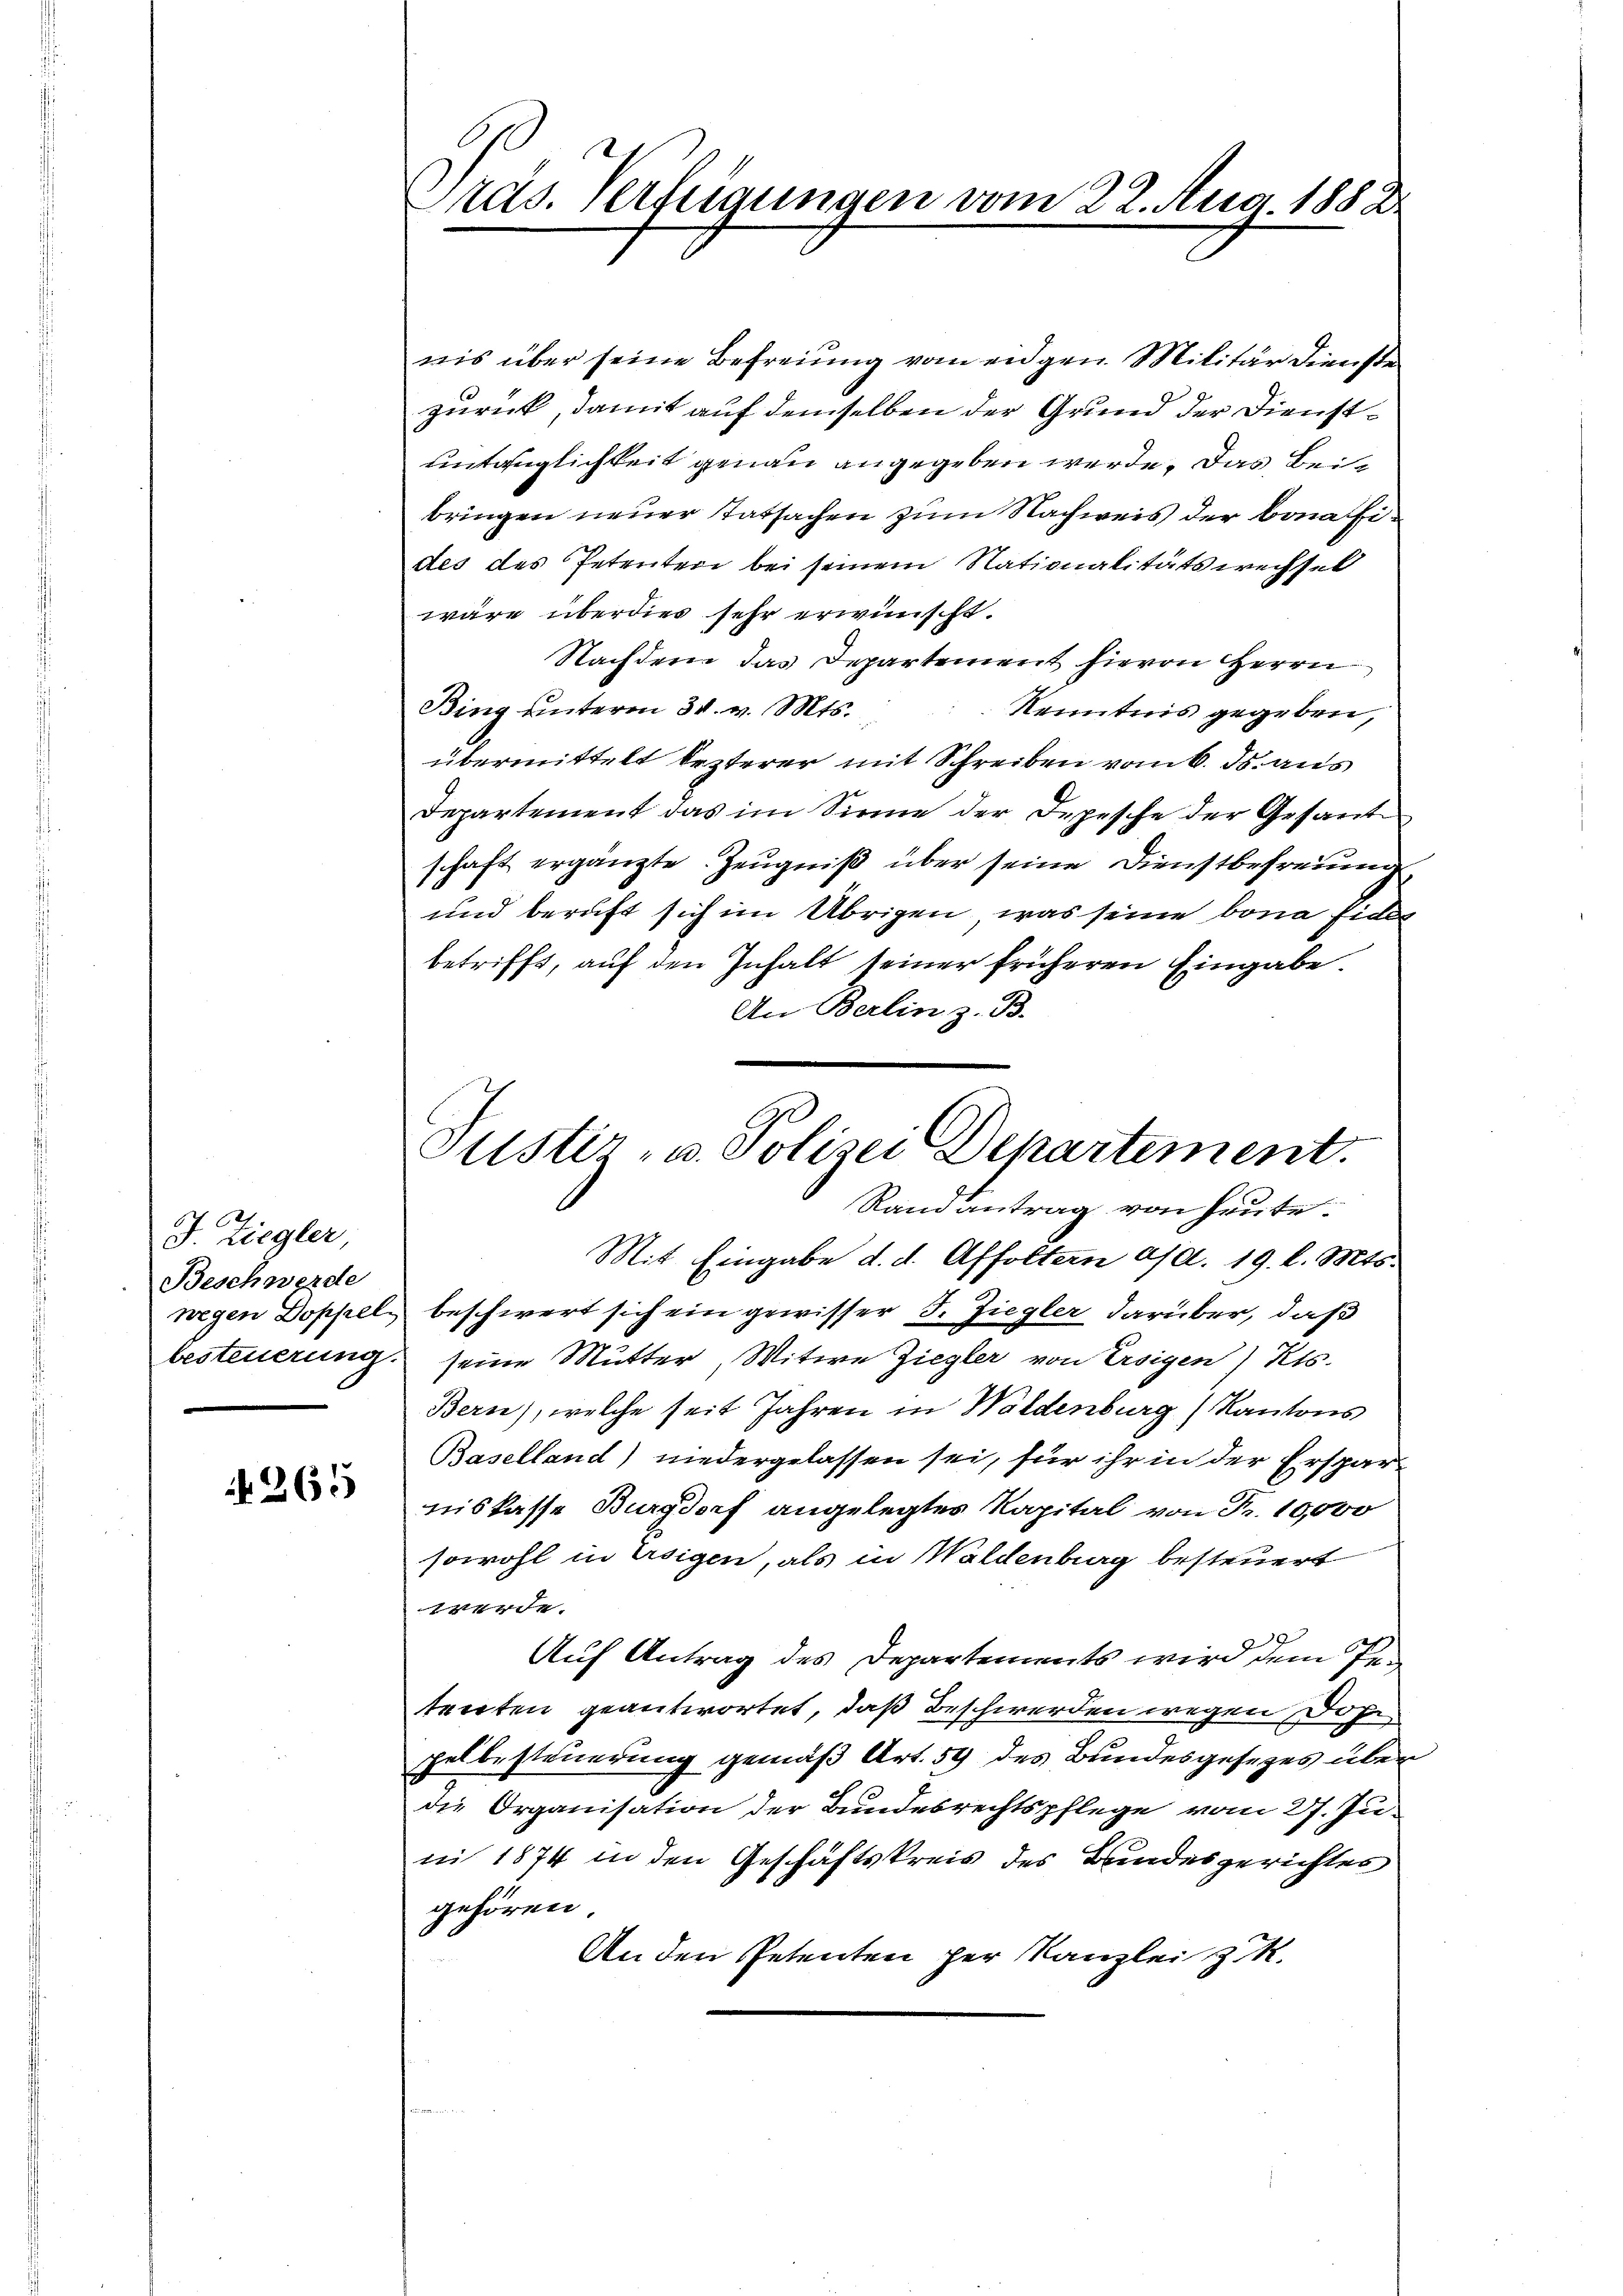
J. Ziegler
Beschwerde
wegen Doppel
besteuerung.

265

Pras. Verfügungen vom 22. Aug. 1882.

Justiz- u. Polizei Departement.
Ranantrag von heute.

nis über seine Befreiung vom eidgen. Militär dienste
zurück, damit auf demselben der Grund der Dienstuntauglichkeit genau angegeben werde. Das Beibringen neuer Tatsachen zum Nachweis der bona fides des Petenter bei seinem Nationalitätswechsel
wäre überdies sehr erwünscht.
Nachdem das Departement hievon Herrn
Bing unterm 30. v. Mts.
Kenntnis gegeben,
übermittelt lezterer mit Schreiben vom 6. ds. aus
Departement das im Sinne der Depesche der Gesante
schaft ergänzte Zeugniß über seine Dienstbefreiung
und beruft sich im Übrigen, was seine bona fidel
betrifft, auf den Inhalt seiner früheren Eingabe.
An Berlin z. B.
Mit Eingabe d. d. Affoltern a/d. 19. l. Mts.
beschwert sich ein gewisser I. Ziegler darüber, daß
seine Mutter, Witwe Ziegler von Ersigen) Kts.
Bern), welche seit Jahren in Waldenburg (Kantons
Baselland) niedergelassen sei, für ihr in der Ersparniskasse Burgdorf angelegtes Kapital von Fr. 10,000
sowohl in Ersigen, als in Waldenburg besteuert
werde.
Auf Antrag des Departements wird dem Petenten geantwortet, daß Beschwerden wegen Dohn
pelbesteuerung gemäß Art. 59 des Bundesgesezes über
die Organisation der Bundesrechtspflege vom 27. Ju
ni 1874 in den Geschäftskreis des Bundesgerichtes
gehören.
An den Petenten her Kanzlei z.